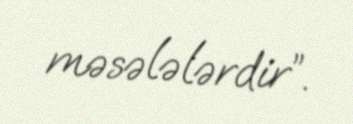
məsələlərdir”.